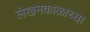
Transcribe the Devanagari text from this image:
लेखनकाळाच्या